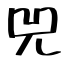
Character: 兕